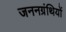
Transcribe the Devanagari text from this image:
जननग्रंथियों